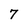
Character: 7